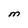
Character: M